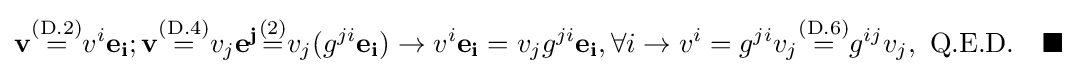
\mathbf {v} {\stackrel {\text{(D.2)}}{=}}v^{i}\mathbf {e_{i}} ;\mathbf {v} {\stackrel {\text{(D.4)}}{=}}v_{j}\mathbf {e^{j}} {\stackrel {\text{(2)}}{=}}v_{j}(g^{ji}\mathbf {e_{i}} )\to v^{i}\mathbf {e_{i}} =v_{j}g^{ji}\mathbf {e_{i}} ,\forall i\to v^{i}=g^{ji}v_{j}{\stackrel {\text{(D.6)}}{=}}g^{ij}v_{j},\ {\text{Q.E.D.}}\quad \blacksquare